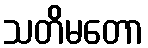
သတိမတော